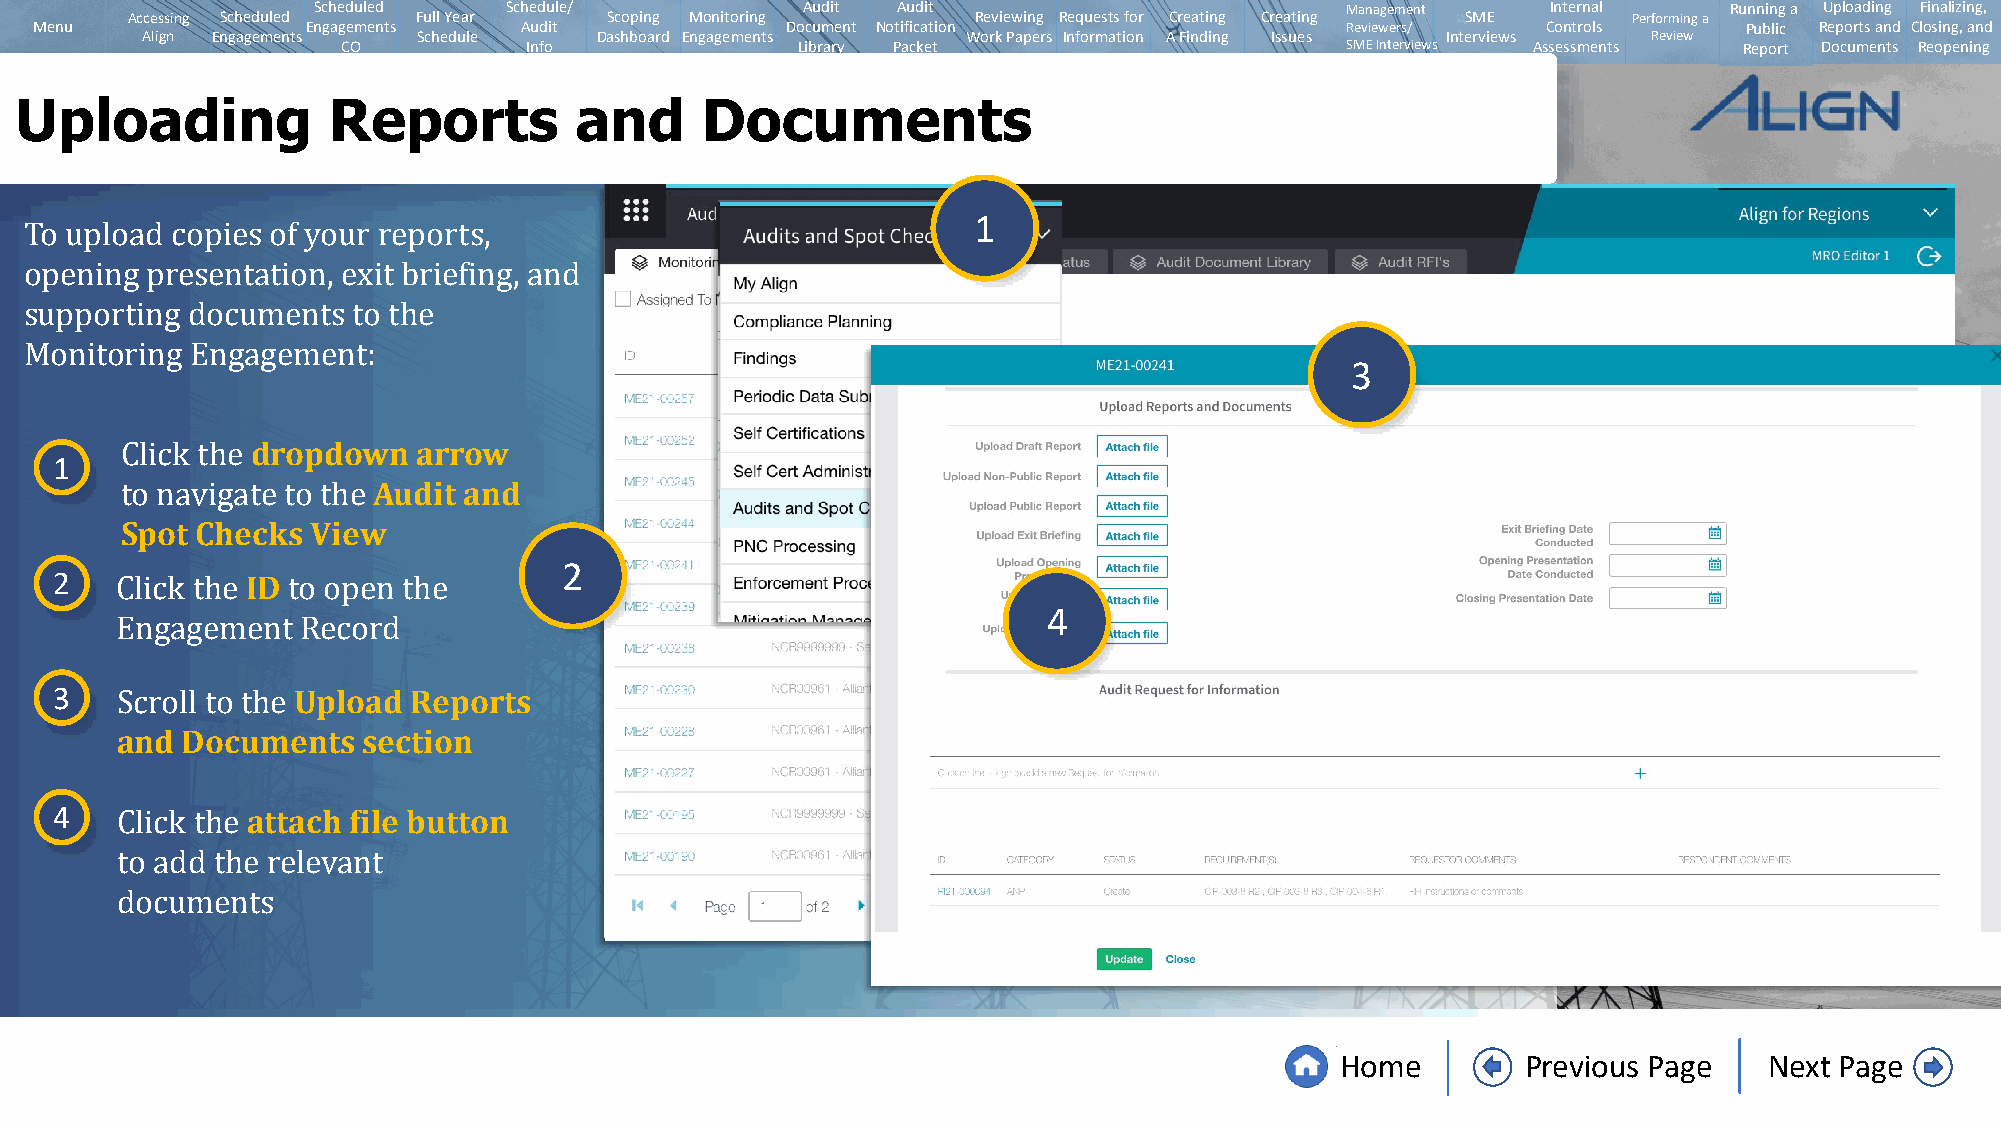
Scheduled   Schedule/           Audit Audit                         Management    Internal   Running a Uploading Finalizing,
 Accessing Scheduled Full Year   Scoping Monitoring       Reviewing Requests for Creating Creating SME Performing a
 Menu              Engagements   Audit             Document Notification                Reviewers/   Controls      Public Reports and Closing, and
 Align Engagements  Schedule   Dashboard Engagements    Work Papers Information A Finding Issues Interviews Review
 CO          Info              Library Packet                      SMEInterviews Assessments Report Documents Reopening
 Uploading            Reports         and     Documents
 1
 To upload copies of your reports,
 opening presentation, exit briefing, and
 3
 supporting documents to the
 Monitoring Engagement:
 dropdown   arrow
 1
 Audit and
 Click the
 Spot Checks  View
 to navigate to the
 2
 2           ID
 4
 Click the  to open the
 3   Engagement URpeclooardd Reports
 and Documents   section
 Scroll to the
 4           attach file button
 Click the
 to add the relevant
 documents
 Home        Previous Page   Next Page